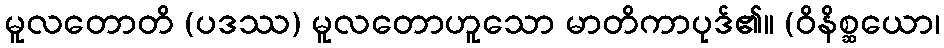
မူလတောတိ (ပဒဿ) မူလတောဟူသော မာတိကာပုဒ်၏။ (ဝိနိစ္ဆယော၊